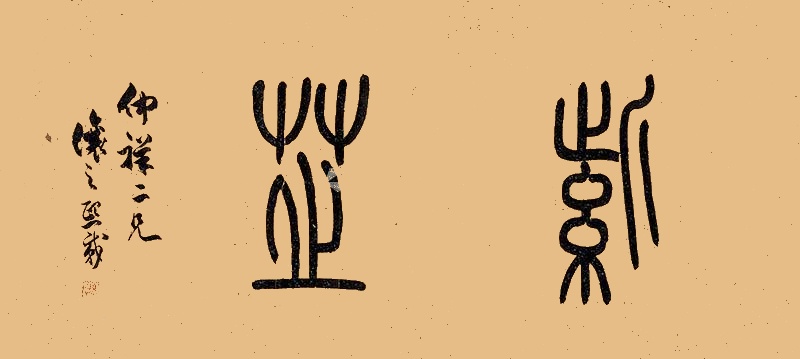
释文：紫芷仲祥二兄，让之熙载